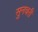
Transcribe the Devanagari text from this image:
सुनचरी